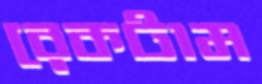
রেকটাম